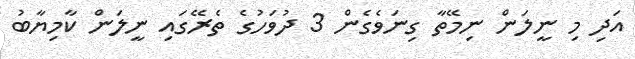
އަދި މި ނީލަން ނިމޭތާ ގިނަވެގެން 3 ދުވަހުގެ ތެރޭގައި ނީލަން ކާމިޔާބު